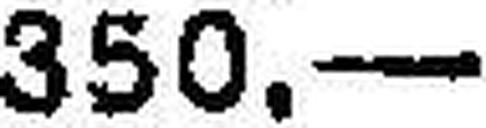
350.—